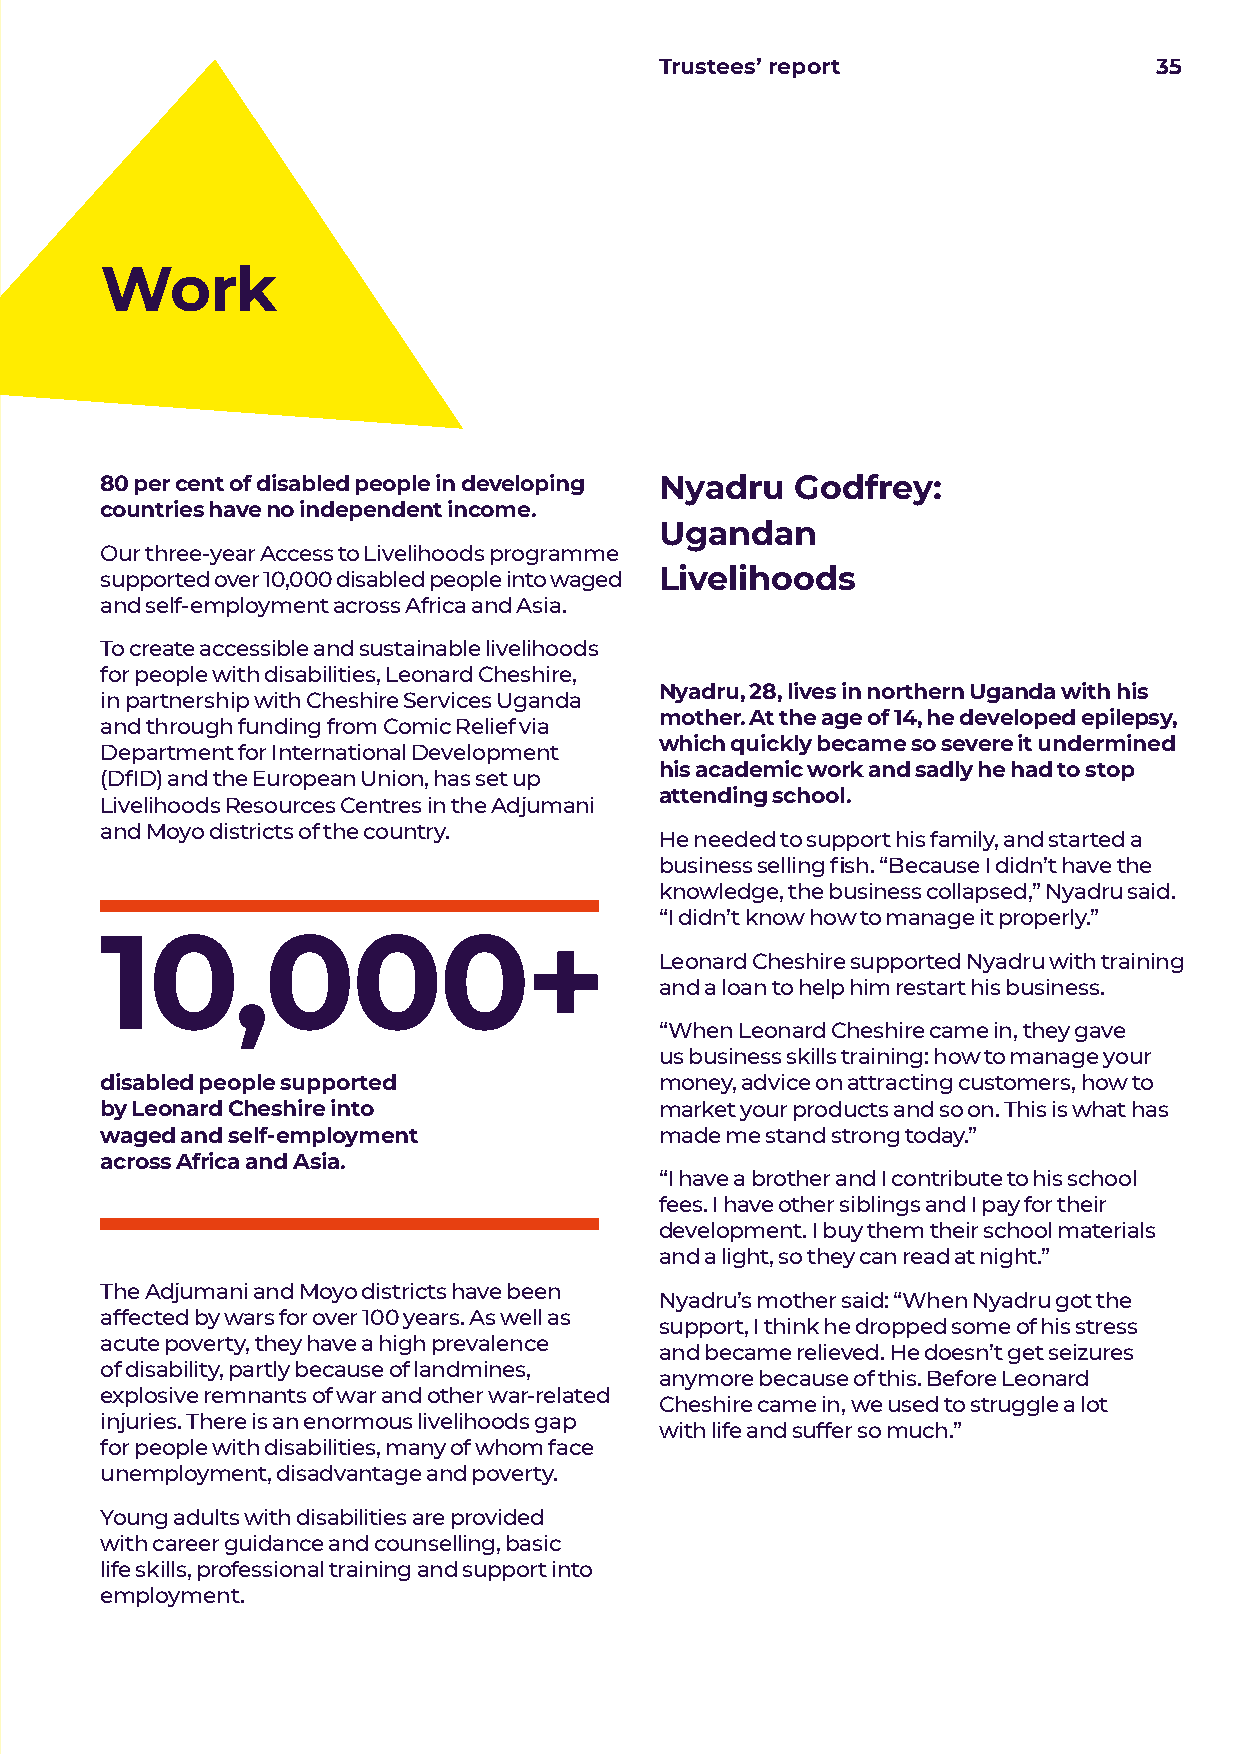
Trustees’ report                35
 Work
 80 per cent of disabled people in developing Nyadru Godfrey:
 countries have no independent income.
 Ugandan
 Our three-year Access to Livelihoods programme
 supported over 10,000 disabled people into waged Livelihoods
 and self-employment across Africa and Asia.
 To create accessible and sustainable livelihoods
 for people with disabilities, Leonard Cheshire,
 Nyadru, 28, lives in northern Uganda with his
 in partnership with Cheshire Services Uganda
 mother. At the age of 14, he developed epilepsy,
 and through funding from Comic Relief via
 which quickly became so severe it undermined
 Department for International Development
 his academic work and sadly he had to stop
 (DfID) and the European Union, has set up
 attending school.
 Livelihoods Resources Centres in the Adjumani
 and Moyo districts of the country.
 He needed to support his family, and started a
 business selling fish. “Because I didn’t have the
 knowledge, the business collapsed,” Nyadru said.
 “I didn’t know how to manage it properly.”
 10,000+
 Leonard Cheshire supported Nyadru with training
 and a loan to help him restart his business.
 “When Leonard Cheshire came in, they gave
 us business skills training: how to manage your
 disabled people supported            money, advice on attracting customers, how to
 by Leonard Cheshire into             market your products and so on. This is what has
 waged and self-employment            made me stand strong today.”
 across Africa and Asia.
 “I have a brother and I contribute to his school
 fees. I have other siblings and I pay for their
 development. I buy them their school materials
 and a light, so they can read at night.”
 The Adjumani and Moyo districts have been
 Nyadru’s mother said: “When Nyadru got the
 affected by wars for over 100 years. As well as
 support, I think he dropped some of his stress
 acute poverty, they have a high prevalence
 and became relieved. He doesn’t get seizures
 of disability, partly because of landmines,
 anymore because of this. Before Leonard
 explosive remnants of war and other war-related
 Cheshire came in, we used to struggle a lot
 injuries. There is an enormous livelihoods gap
 with life and suffer so much.”
 for people with disabilities, many of whom face
 unemployment, disadvantage and poverty.
 Young adults with disabilities are provided
 with career guidance and counselling, basic
 life skills, professional training and support into
 employment.